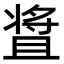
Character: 𬌒